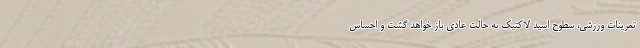
تمرینات ورزشی، سطوح اسید لاکتیک به حالت عادی باز خواهد گشت و احساس